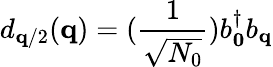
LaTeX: d_{{\mathbf{q}}/2}({\mathbf{q}})=(\frac{1}{\sqrt{N_{0}}})b_{{\mathbf{0}}}^{\dagger}b_{{\mathbf{q}}}